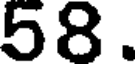
58.